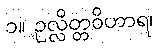
၁။ ဥလ္လိတ္တဝိဟာရ၊